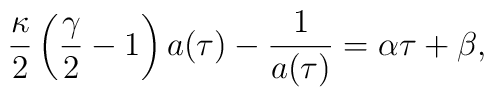
\frac{\kappa}{2}\left(\frac{\gamma}{2}-1\right)a(\tau) - \frac{1}{a(\tau)}	= \alpha\tau + \beta,